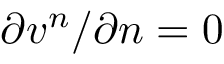
\partial v ^ { n } / \partial n = 0